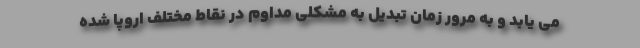
می یابد و به مرور زمان تبدیل به مشکلی مداوم در نقاط مختلف اروپا شده